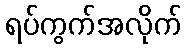
ရပ်ကွက်အလိုက်